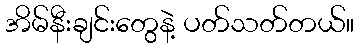
အိမ်နီးချင်းတွေနဲ့ ပတ်သတ်တယ်။